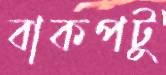
বাকপটু